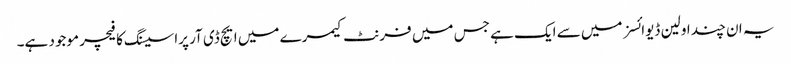
یہ ان چند اولین ڈیوائسز میں سے ایک ہے جس میں فرنٹ کیمرے میں ایچ ڈی آر پراسیسنگ کا فیچر موجود ہے۔